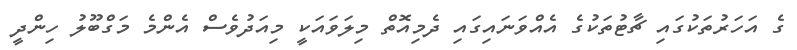
ގެ އަހަރުތަކުގައި ޗާޓުތަކުގެ އެއްވަނައިގައި ދެމިއޮތް މިލަވައަކީ މިއަދުވެސް އެންމެ މަގްބޫލު ހިންދީ